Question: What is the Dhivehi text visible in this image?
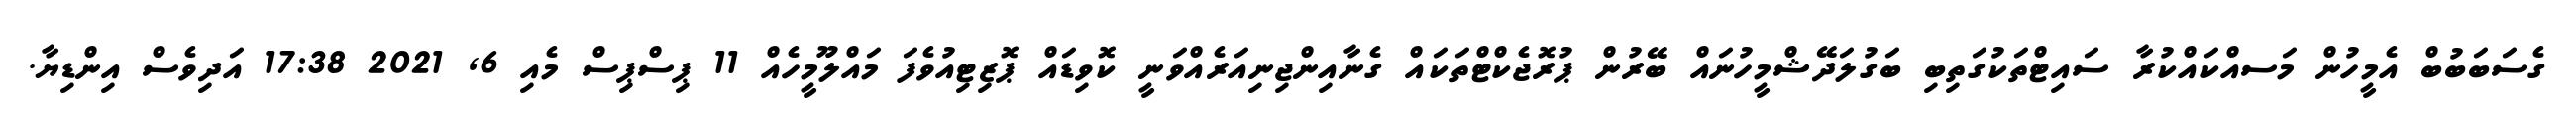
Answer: ގެސަބަބުބް އެމީހުން މަސއްކައްކުރާ ސައިޓްތަކުގަތިބި ބަގުލަދޭޝްމީހުނައް ބޭރުން ޕުރޮޖެކްޓްތަކައް ގެނާއިންޖިނިއަރެއްވަނީ ކޮވިޑައް ޕޮޒިޓިއުވެފަ މައްލޫމީހެއް 11 ޕިސްޕިސް މެއި 6, 2021 17:38 އަދިވެސް އިންޑިޔާ.